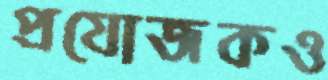
প্রযোজকও